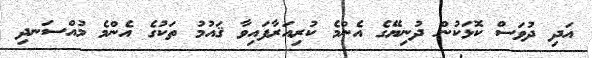
އަދި ދުވަސް ކޮޅަކުން ދުނިޔޭގެ އެންމެ ކުރިއަރާފައިވާ ޤައުމު ތަކުގެ އެންމެ މުއްސަނދި